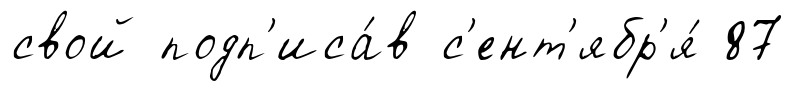
свой подп'иса́в с'ент'ябр'я́ 87